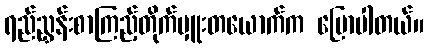
ရည်ညွှန်းစာကြည့်တိုက်မှူးတယောက်က ပြောပါတယ်။